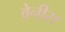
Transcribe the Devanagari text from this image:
वेनीस